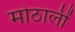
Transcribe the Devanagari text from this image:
मोठालीं